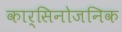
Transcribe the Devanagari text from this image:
कार्सिनोजनिक